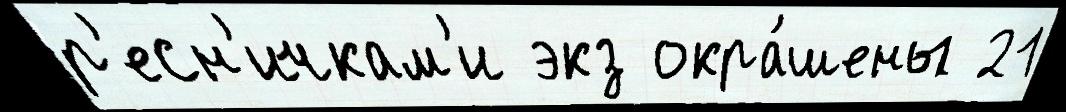
р'есн'ичкам'и экз окра́шены 21